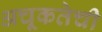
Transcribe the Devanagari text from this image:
अचूकतेची